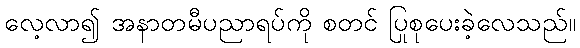
လေ့လာ၍ အနာတမီပညာရပ်ကို စတင် ပြုစုပေးခဲ့လေသည်။